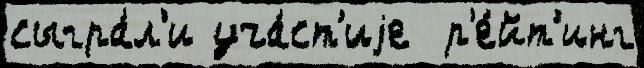
сыгра́л'и уча́ст'иjе  р'е́йт'инг